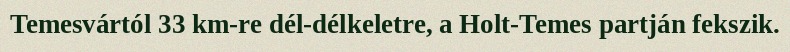
Temesvártól 33 km-re dél-délkeletre, a Holt-Temes partján fekszik.